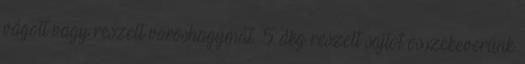
vágott vagy reszelt vöröshagymát. 5 dkg reszelt sajtot összekeverünk